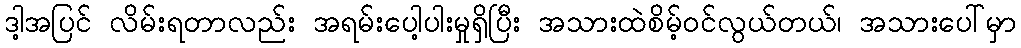
ဒါ့အပြင် လိမ်းရတာလည်း အရမ်းပေါ့ပါးမှုရှိပြီး အသားထဲစိမ့်ဝင်လွယ်တယ်၊ အသားပေါ်မှာ